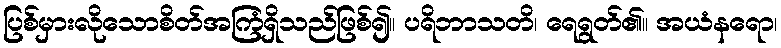
ပြစ်မှားလိုသောစိတ်အကြံရှိသည်ဖြစ်၍။ ပရိဘာသတိ၊ ရေရွတ်၏။ အယံနရော၊